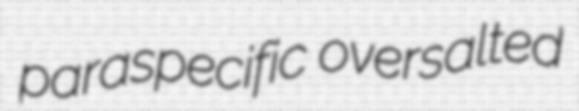
paraspecific oversalted